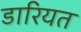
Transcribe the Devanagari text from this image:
डारियत